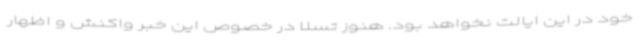
خود در این ایالت نخواهد بود. هنوز تسلا در خصوص این خبر واکنش و اظهار